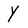
Character: Y